Report of the King Institute of Preventive Medicine, Guindy
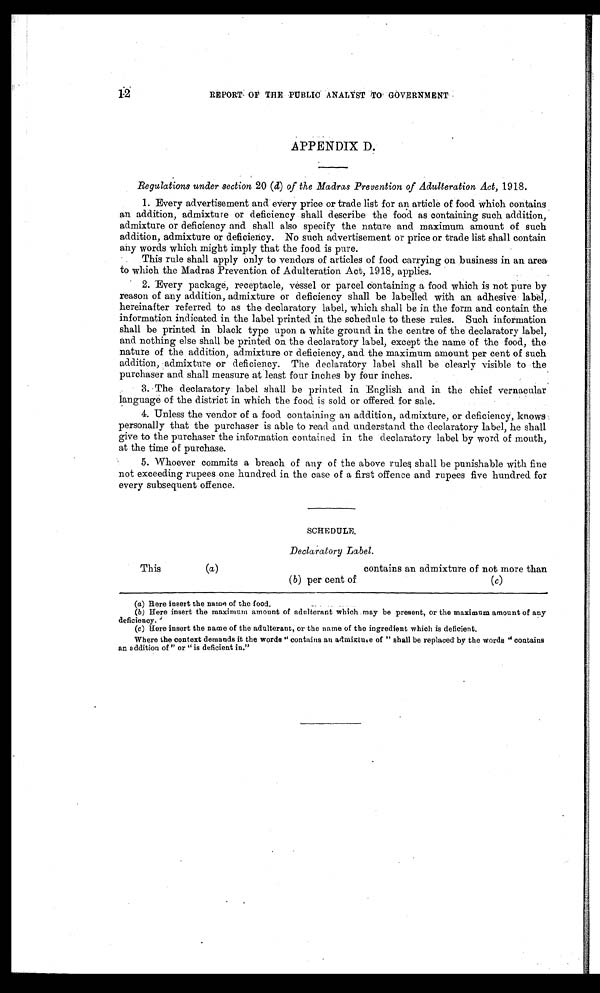
REPORT OF THE PUBLIC ANALYST TO GOVERNMENT
APPENDIX D.
Regulations under section 20 ( d) of the Madras Prevention of Adulteration Act, 1918.
1. Every advertisement and every price or trade list for an article of food which contains
an addition, admixture or deficiency shall describe the food as containing such addition,
admixture or deficiency and shall also specify the nature and maximum amount of such
addition, admixture or deficiency. No such advertisement or price or trade list shall contain
any words which might imply that the food is pure.
This rule shall apply only to vendors of articles of food carrying on business in an area
to which the Madras Prevention of Adulteration Act, 1918, applies.
2. Every package, receptacle, vessel or parcel containing a food which is not pure by
reason of any addition, admixture or deficiency shall be labelled with an adhesive label,
hereinafter referred to as the declaratory label, which shall be in the form and contain the
information indicated in the label printed in the schedule to these rules. Such information
shall be printed in black type upon a white ground in the centre of the declaratory label,
and nothing else shall be printed on the declaratory label, except the name of the food, the
nature of the addition, admixture or deficiency, and the maximum amount per cent of such
addition, admixture or deficiency. The declaratory label shall be clearly visible to the
purchaser and shall measure at least four inches by four inches.
3. The declaratory label shall be printed in English and in the chief vernacular
language of the district in which the food is sold or offered for sale.
4. Unless the vendor of a food containing an addition, admixture, or deficiency, knows
personally that the purchaser is able to read and understand the declaratory label, he shall
give to the purchaser the information contained in the declaratory label by word of mouth,
at the time of purchase.
5. Whoever commits a breach of any of the above rules shall be punishable with fine
not exceeding rupees one hundred in the case of a first offence and rupees five hundred for
every subsequent offence.
SCHEDULE.
Declaratory Label.
This
(a )
contains an admixture of not more than
( b ) per cent of
( c )
(a) Here insert the name of the food.
(b) Here insert the maximum amount of adulterant which may be present, or the maximum amount of any
deficiency.
(c) Here insert the name of the adulterant, or the name of the ingredient which is deficient.
Where the context demands it the words "contains an admixture of "shall be replaced by the words "contains
an addition of" or "is deficient in."